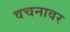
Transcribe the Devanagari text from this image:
वचनावर